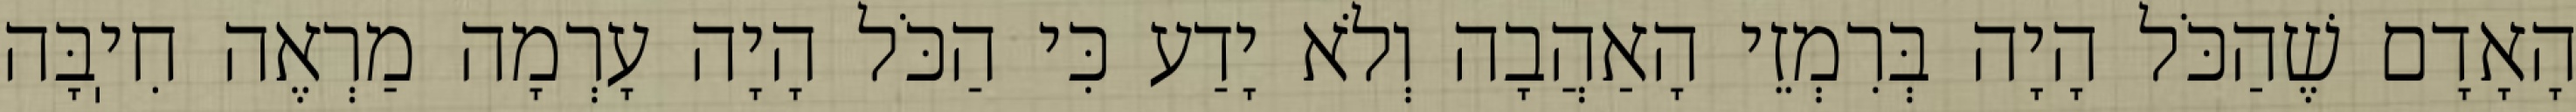
הָאָדָם שֶׁהַכֹּל הָיָה בְּרִמְזֵי הָאַהֲבָה וְלֹא יָדַע כִּי הַכֹּל הָיָה עָרְמָה מַרְאֶה חִיֽבָּה